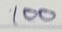
100